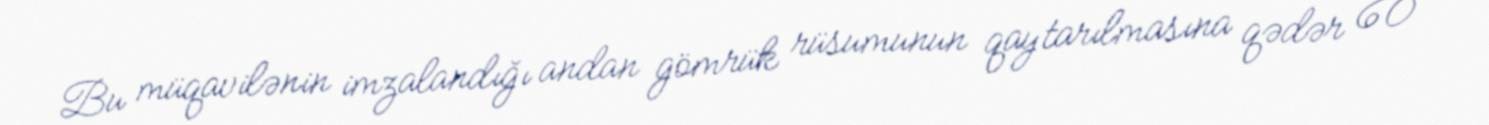
Bu müqavilənin imzalandığı andan gömrük rüsumunun qaytarılmasına qədər 60